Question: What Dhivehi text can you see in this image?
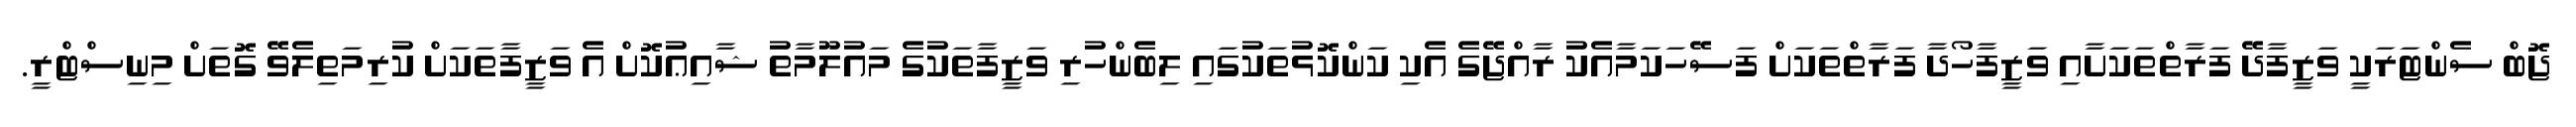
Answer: ޖޮބް ސެންޓަރަކީ ވަޒީފާދޭ ފަރާތްތަކަށާއި ވަޒީފާހޯދާ ފަރާތްތަކަށް ފަސޭހަކަމާއެކު ރާއްޖޭގެ އެކި ކަންކޮޅުތަކުގައި ލިބެންހުރި ވަޒީފާތަކުގެ މައުލޫމާތު ޝާއިޢުކޮށް އެ ވަޒީފާތަކަށް ކުރިމަތިލެވޭ ގޮތަށް މިނިސްޓްރީ.